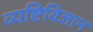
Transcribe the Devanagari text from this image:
व्यष्टिविज्ञान